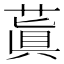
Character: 蒖